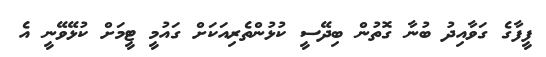
ފީފާގެ ގަވާއިދު ބުނާ ގޮތުން ބިދޭސީ ކުޅުންތެރިއަކަށް ގައުމީ ޓީމަށް ކުޅޭވޭނީ އެ